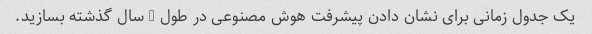
یک جدول زمانی برای نشان دادن پیشرفت هوش مصنوعی در طول 5 سال گذشته بسازید.